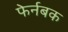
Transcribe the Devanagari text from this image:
फेर्नबक